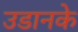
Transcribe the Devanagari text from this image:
उडानके